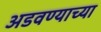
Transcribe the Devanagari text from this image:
अडवण्याच्या